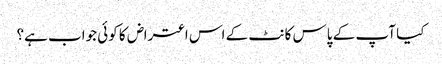
کیا آپ کے پاس کانٹ کے اس اعتراض کا کوئی جواب ہے؟